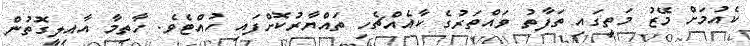
ކެއުމަށް މޭޒު މަތީގައި ތަފާތު ވައްތަރުގެ ކާއެއްޗެހި ތައްޔާރުކޮށްފައި ހުއްޓެވެ. ހާތިމާ އާއިލީގޮތުން